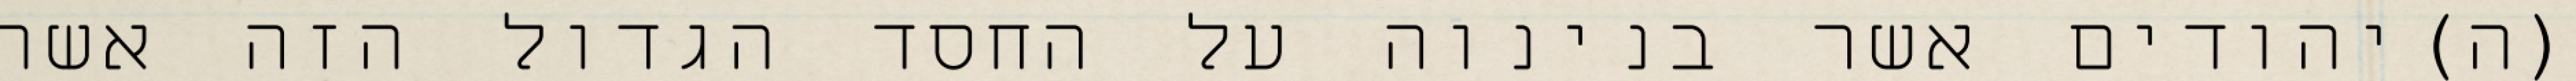
(ה)יהודים אשר בנינוה על החסד הגדול הזה אשר